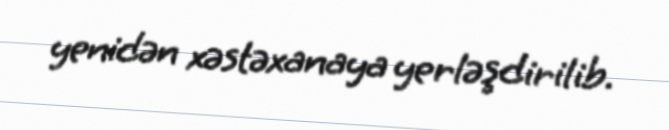
yenidən xəstəxanaya yerləşdirilib.